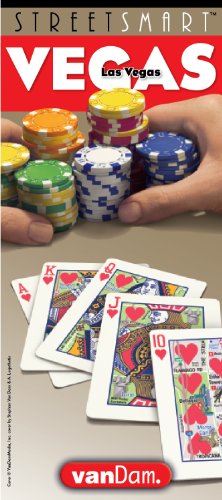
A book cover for StreetSmart Las Vegas Map by VanDam - City Street Map of Las Vegas, Nevada - Laminated folding pocket size city travel and subway map; Stephan Van Dam; Travel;